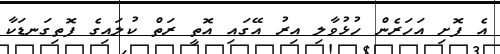
އެ ފޮށި އަހަރެން ހުޅުވާލި އިރު އޭގައި އޮތީ ރަތް ކުލައިގެ ފޮތިގަނޑަކާ